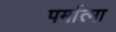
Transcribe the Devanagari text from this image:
पर्मात्मा